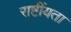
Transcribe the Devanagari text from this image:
राष्टींयता